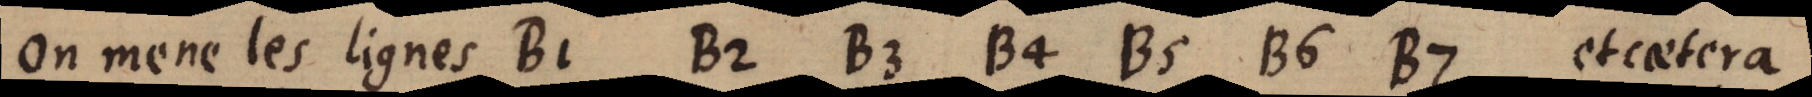
On mene les lignes B1 B2 B3 B4 B5 B6 B7 etcetera